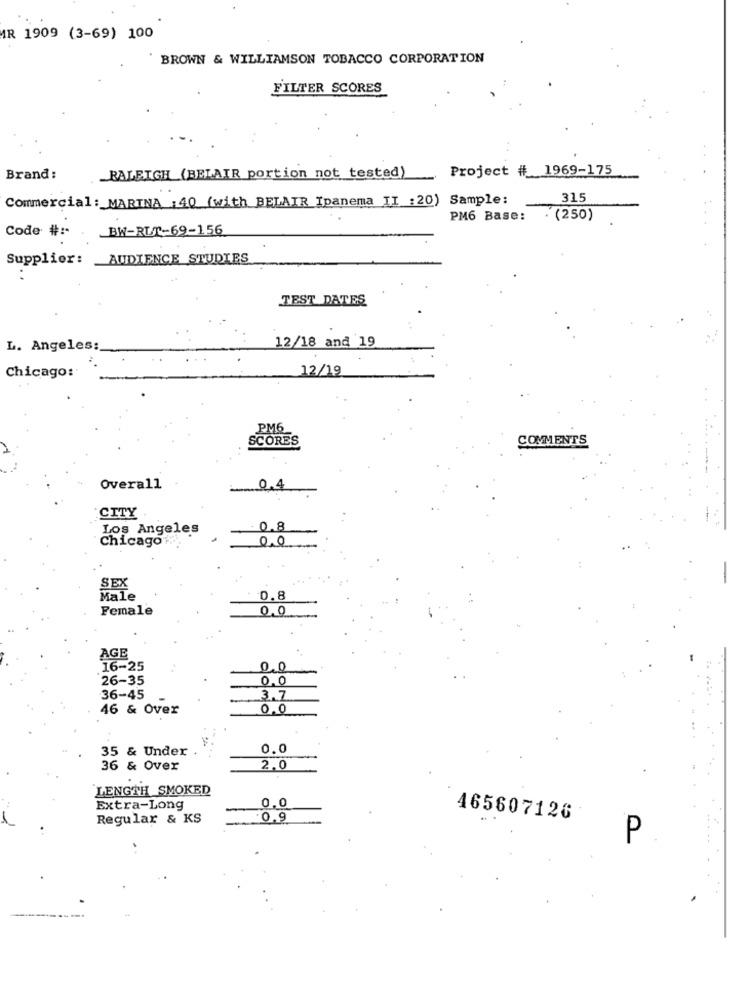
MR 1909 (3-69) 100
BROWN & WILLIAMSON TOBACCO CORPORATION
FILTER SCORES
Project # 1969-175
Brand:
RALEIGH (BELAIR portion not tested)
315
PM6 Base: . (250)
Code # :-
BW-RUT-69-156
Supplier:
AUDIENCE STUDIES
. .
TEST DATES
12/18 and 19
L. Angeles:
12/19
Chicago:
PM6
SCORES
COMMENTS
Overall
0,4
CITY
Los Angeles
0.8
Chicago"%"
0.0
SEX
Male
0.8
Female
0,0
AGE
16-25
0.0
26-35
0.0
36-45
3.7
46 & Over
0.0
35 & Under .
0.0
36 & Over
2.0
LENGTH SMOKED
Extra-Long
0,0
Regular & KS
0.9
465607126
P